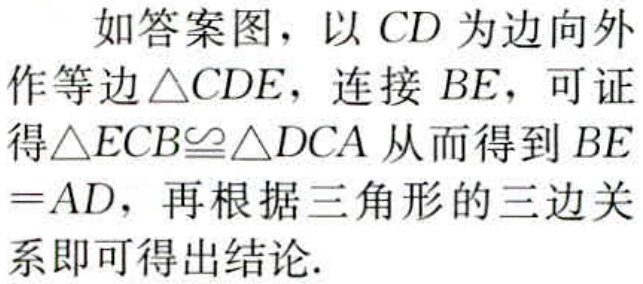
如答案图，以 \(CD\) 为边向外作等边 \(\triangle CDE\)，连接 \(BE\)，可证得\(\triangle ECB\cong\triangle DCA\) 从而得到 \(BE = AD\)，再根据三角形的三边关系即可得出结论.